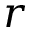
r